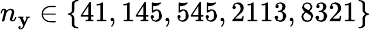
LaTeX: n_{\mathbf{y}}\in\{ 41,145,545,2113,8321\}